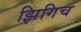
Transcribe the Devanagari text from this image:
झिगिच